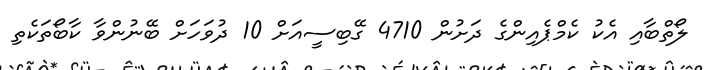
ލޯތްބާއި އެކު ކެމްޕެއިންގެ ދަށުން 4710 ގޭބިސީއަށް 10 ދުވަހަށް ބޭނުންވާ ކާބޯތަކެތި